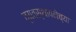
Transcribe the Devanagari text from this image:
व्यवस्थापनेच्या